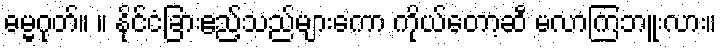
ဓမ္မဂုတ်။ ။ နိုင်ငံခြားဧည့်သည်များကော ကိုယ်တော့ဆီ မလာကြဘူးလား။